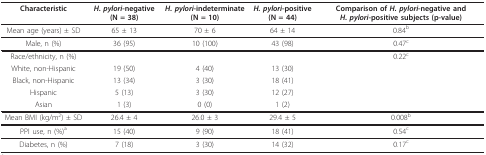
| Characteristic | H. pylori-negative(N = 38) | H. pylori-indeterminate(N = 10) | H. pylori-positive(N = 44) | Comparison of H. pylori-negative and H. pylori-positive subjects (p-value) |
 | --- | --- | --- | --- | --- |
 | Mean age (years) ± SD | 65 ± 13 | 70 ± 6 | 64 ± 14 | 0.84b |
 | Male, n (%) | 36 (95) | 10 (100) | 43 (98) | 0.47c |
 | Race/ethnicity, n (%) |  |  |  | 0.22c |
 | White, non-Hispanic | 19 (50) | 4 (40) | 13 (30) |  |
 | Black, non-Hispanic | 13 (34) | 3 (30) | 18 (41) |  |
 | Hispanic | 5 (13) | 3 (30) | 12 (27) |  |
 | Asian | 1 (3) | 0 (0) | 1 (2) |  |
 | Mean BMI (kg/m2) ± SD | 26.4 ± 4 | 26.0 ± 3 | 29.4 ± 5 | 0.008b |
 | PPI use, n (%)a | 15 (40) | 9 (90) | 18 (41) | 0.54c |
 | Diabetes, n (%) | 7 (18) | 3 (30) | 14 (32) | 0.17c |